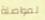
لمواصلة